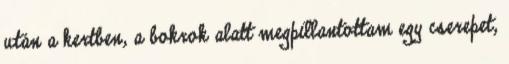
után a kertben, a bokrok alatt megpillantottam egy cserepet,